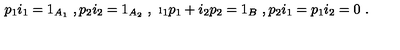
p _ { 1 } i _ { 1 } = 1 _ { A _ { 1 } } \ , p _ { 2 } i _ { 2 } = 1 _ { A _ { 2 } } \ , \ \i _ { 1 } p _ { 1 } + i _ { 2 } p _ { 2 } = 1 _ { B } \ , p _ { 2 } i _ { 1 } = p _ { 1 } i _ { 2 } = 0 \ .